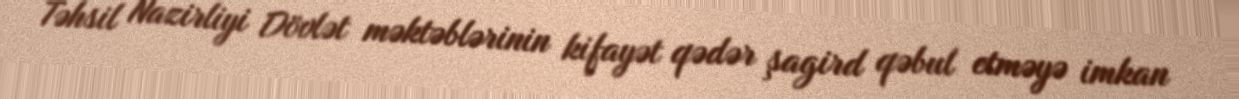
Təhsil Nazirliyi Dövlət məktəblərinin kifayət qədər şagird qəbul etməyə imkan